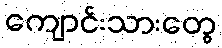
ကျောင်းသားတွေ